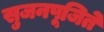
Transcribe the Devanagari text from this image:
सुजनपूजिते